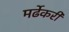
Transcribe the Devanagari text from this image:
मर्ढेकरी